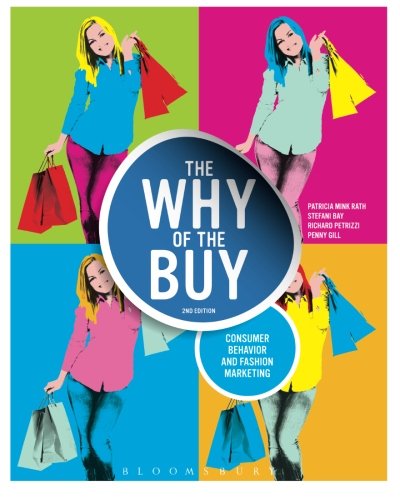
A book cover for The Why of the Buy: Consumer Behavior and Fashion Marketing; Patricia Mink Rath; Business & Money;